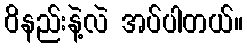
ဝိနည်းနဲ့လဲ အပ်ပါတယ်။